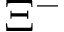
\Xi ^ { - }